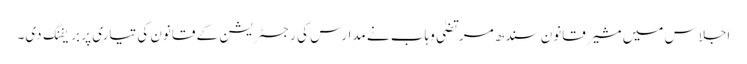
اجلاس میں مشیر قانون سندھ مرتضیٰ وہاب نے مدارس کی رجسٹریشن کے قانون کی تیاری پر بریفنگ دی۔